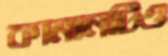
কামানটিও